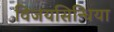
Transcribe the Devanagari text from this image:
विजयसिन्धिया